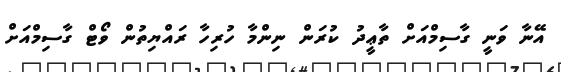
އޭނާ ވަނީ ގާސިމްއަށް ތާޢީދު ކުރަން ނިންމާ ހުރިހާ ރައްޔިތުން ވޯޓް ގާސިމްއަށް